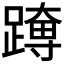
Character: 𮜊